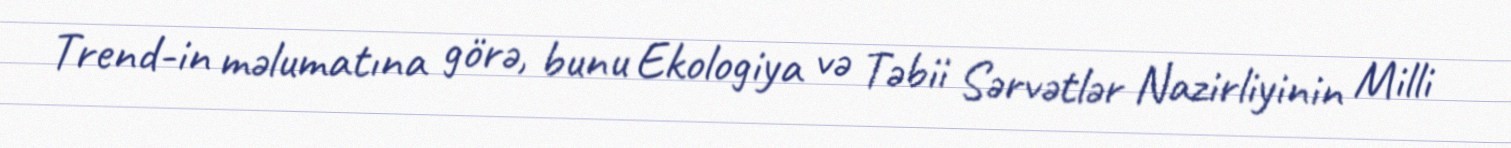
Trend-in məlumatına görə, bunu Ekologiya və Təbii Sərvətlər Nazirliyinin Milli